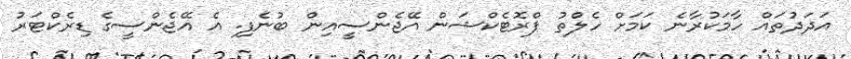
އަދަދުތައް ހާމަކުރާނެ ކަމަށް ހެލްތު ޕްރޮޓެކްޝަން އޭޖެންސީއިން ބުނެފި. އެ އޭޖެންސީގެ ޑިރެކްޓަރު